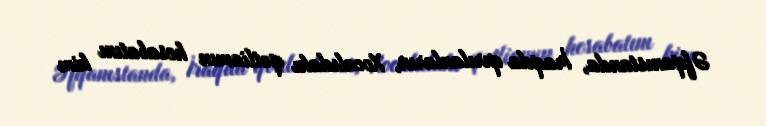
Əfqanıstanda, İraqda qırılanların, Xocalıdakı qətliamın hesabatını kim